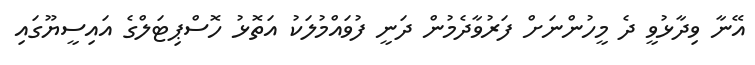
އޭނާ ވިދާޅުވީ ދެ މީހުންނަށް ފަރުވާދެމުން ދަނީ ފުވައްމުލަކު އަތޮޅު ހޮސްޕިޓަލްގެ އައިސީޔޫގައި